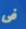
فى